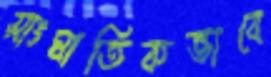
সাংঘাতিকভাবে